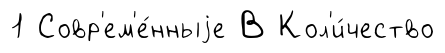
1 Совр'ем'е́нныjе В Кол'и́чество